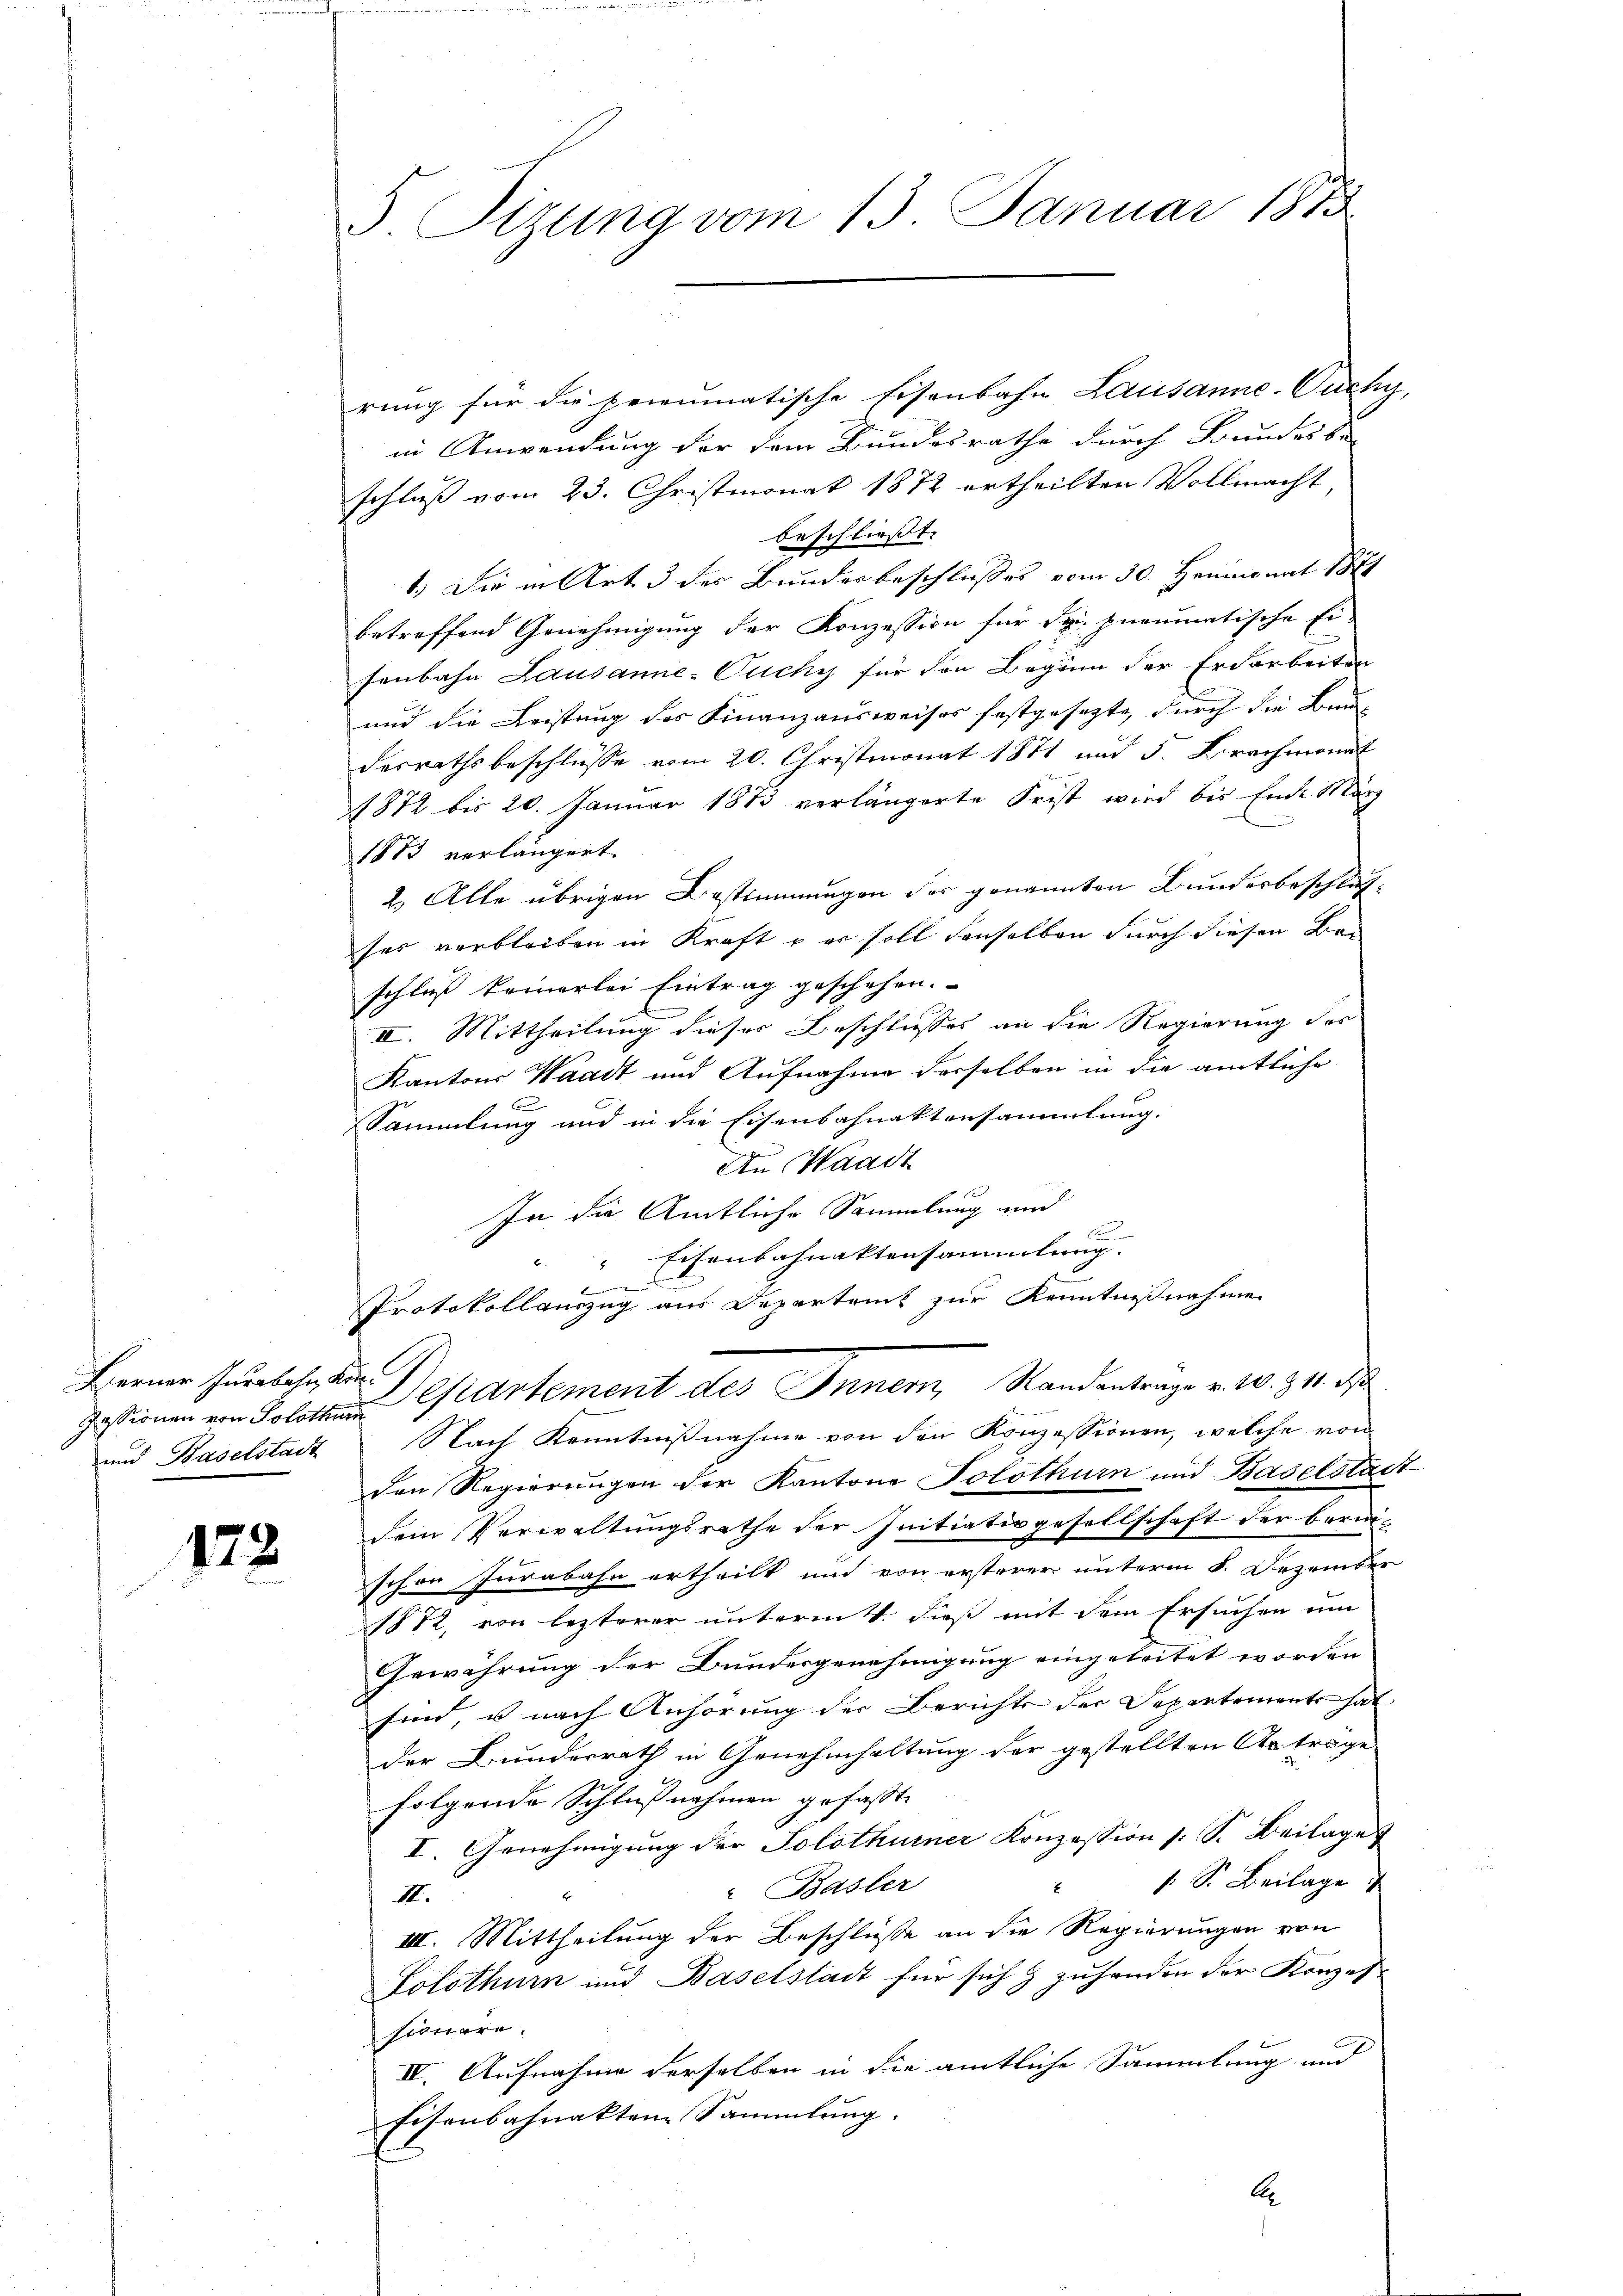
Berner Jurabes Kin¬

178

3. Sizung vom 13. Januar 1873.

rung für die prieumatische Eisenbahn Lausanne-Ouchy,
in Anwendung der dem Bundesrathe durch Bundesber
schluß vom 23. Christmonat 1872 ertheilten Vollmacht,
beschließt:
1.) Die in Art 3 des Bundesbeschlußes vom 30. Heumonat 1871
betreffend Genehmigung der Konzession für Spi. pneumatische Ei-
senbahn Lausanne-Ouchy für den Beginn der Erdarbeiten
und die Leistung des Finanzausweises festgesezte, durch die Baudesrathsbeschlüße vom 20. Christmonat 1871 und 5. Brachmonat
1872 bis 20. Januar 1873 verlängerte Frist wird bis Ende März
1883 verlängert
2.) Alle übrigen Bestimmungen des genannten Bunderbeschlusses verbleiben in Kraft – er soll denselben durch diesen Bei-
schluß keinerlei Eintrag geschehen.
II. Mittheilung dieser Beschlusses an die Regierung des
Kantons Waadt und Aufnahme derselben in die amtliche
Sammlung und in die Eisenbahnaktensammlung.
An Waadt
In die Amtliche Sammlung und

" Eisenbahnaktensammlung. |
b
Protokollauszug aus Departems zur Kenntnißnahme
Pessionen von Solothur Cartement des Innern, Standantrage v. 10. 311. ds
und Baselstadt Nach Kenntnißnahme von den Konzessionen, welche von
den Regierungen der Kantone Solothurn und Baselstadt
dem Verwaltungsrathe der Initiativgesellschaft der beruschon Jurabahn ertheilt und von ersterer unterm 8. Dezember
1872, von lezterer unterm 4. dieß mit dem Ersuchen um
Gewährung der Bundergenehmigung eingeleitet worden
sind, u nach Anhörung der Berichts der Departements hat
der Bunderrath in Genehmhaltung der gestellten Anträge
folgende Schlußnahmen gefasst.
I. Genehmigung der Solothurner Konzession s. S. Beilage
: S. Beilage
2
" Basler
III.
III. Mittheilung der Beschlüsse an die Regierungen von
Solothurn und Baselstadt für sich & zuhanden der Konzessioniere.
IV. Aufnahme derselben in die amtliche Sammlung und
fisenbahnakten Sammlung.
A.